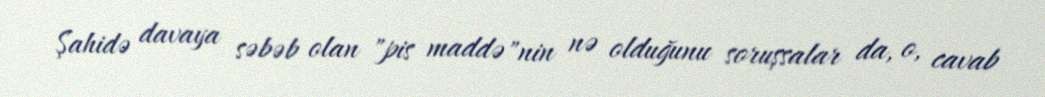
Şahidə davaya səbəb olan "pis maddə"nin nə olduğunu soruşsalar da, o, cavab